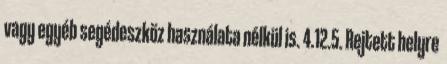
vagy egyéb segédeszköz használata nélkül is. 4.12.5. Rejtett helyre